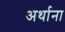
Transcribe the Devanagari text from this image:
अर्थाना